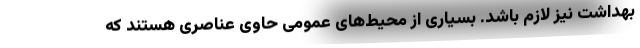
بهداشت نیز لازم باشد. بسیاری از محیط‌های عمومی حاوی عناصری هستند که